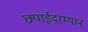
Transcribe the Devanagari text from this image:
छपाईदरम्यान